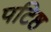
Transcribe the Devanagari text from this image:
पटिष्ठ